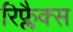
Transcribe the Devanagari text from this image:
रिफ्लैक्स